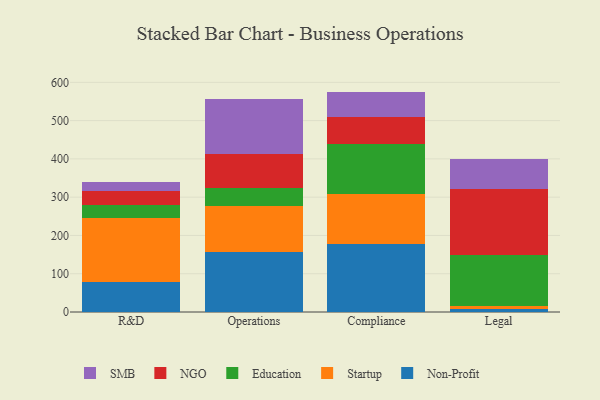
{"axis": {"x": "Department", "y": "Headcount"}, "legend": ["Education", "NGO", "Non-Profit", "SMB", "Startup"], "data": [{"x": "R&D", "y": 78.5, "type": "Non-Profit"}, {"x": "R&D", "y": 167.2, "type": "Startup"}, {"x": "R&D", "y": 34.1, "type": "Education"}, {"x": "R&D", "y": 36.9, "type": "NGO"}, {"x": "R&D", "y": 22.5, "type": "SMB"}, {"x": "Operations", "y": 156.5, "type": "Non-Profit"}, {"x": "Operations", "y": 119.5, "type": "Startup"}, {"x": "Operations", "y": 48.0, "type": "Education"}, {"x": "Operations", "y": 88.4, "type": "NGO"}, {"x": "Operations", "y": 143.9, "type": "SMB"}, {"x": "Compliance", "y": 178.1, "type": "Non-Profit"}, {"x": "Compliance", "y": 131.0, "type": "Startup"}, {"x": "Compliance", "y": 130.7, "type": "Education"}, {"x": "Compliance", "y": 68.4, "type": "NGO"}, {"x": "Compliance", "y": 67.6, "type": "SMB"}, {"x": "Legal", "y": 8.4, "type": "Non-Profit"}, {"x": "Legal", "y": 7.5, "type": "Startup"}, {"x": "Legal", "y": 132.5, "type": "Education"}, {"x": "Legal", "y": 173.4, "type": "NGO"}, {"x": "Legal", "y": 77.0, "type": "SMB"}]}